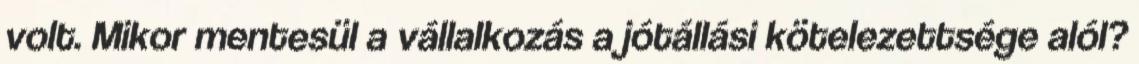
volt. Mikor mentesül a vállalkozás a jótállási kötelezettsége alól?